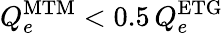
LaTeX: Q_{e}^{\mathrm{MTM}}<0.5\, Q_{e}^{\mathrm{ETG}}